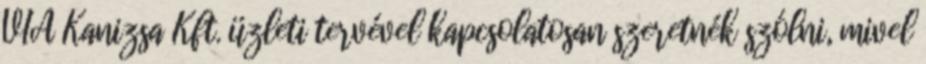
VIA Kanizsa Kft. üzleti tervével kapcsolatosan szeretnék szólni, mivel